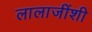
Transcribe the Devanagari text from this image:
लालाजींशी